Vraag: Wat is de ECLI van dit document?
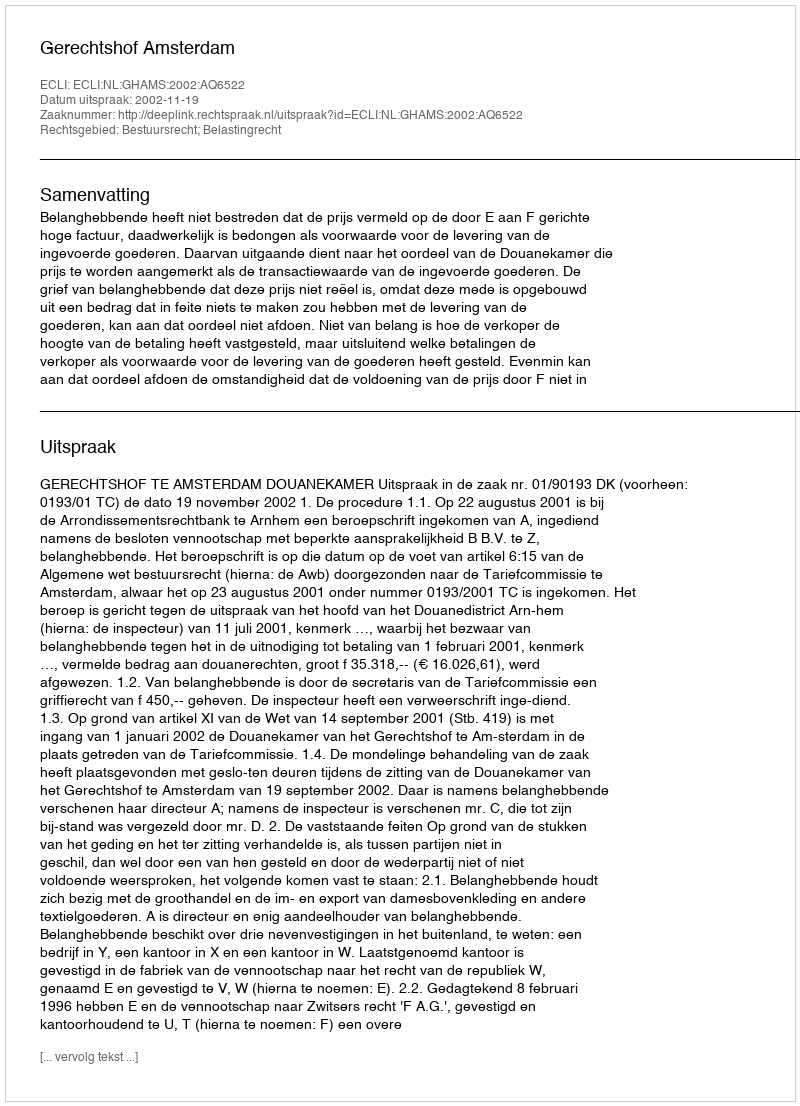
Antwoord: ECLI:NL:GHAMS:2002:AQ6522